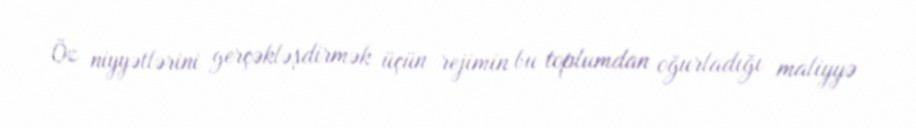
Öz niyyətlərini gerçəkləşdirmək üçün rejimin bu toplumdan oğurladığı maliyyə